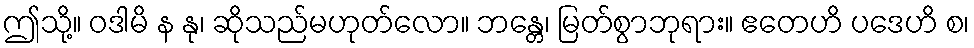
ဤသို့။ ဝဒါမိ န နု၊ ဆိုသည်မဟုတ်လော။ ဘန္တေ၊ မြတ်စွာဘုရား။ ဧတေဟိ ပဒေဟိ စ၊